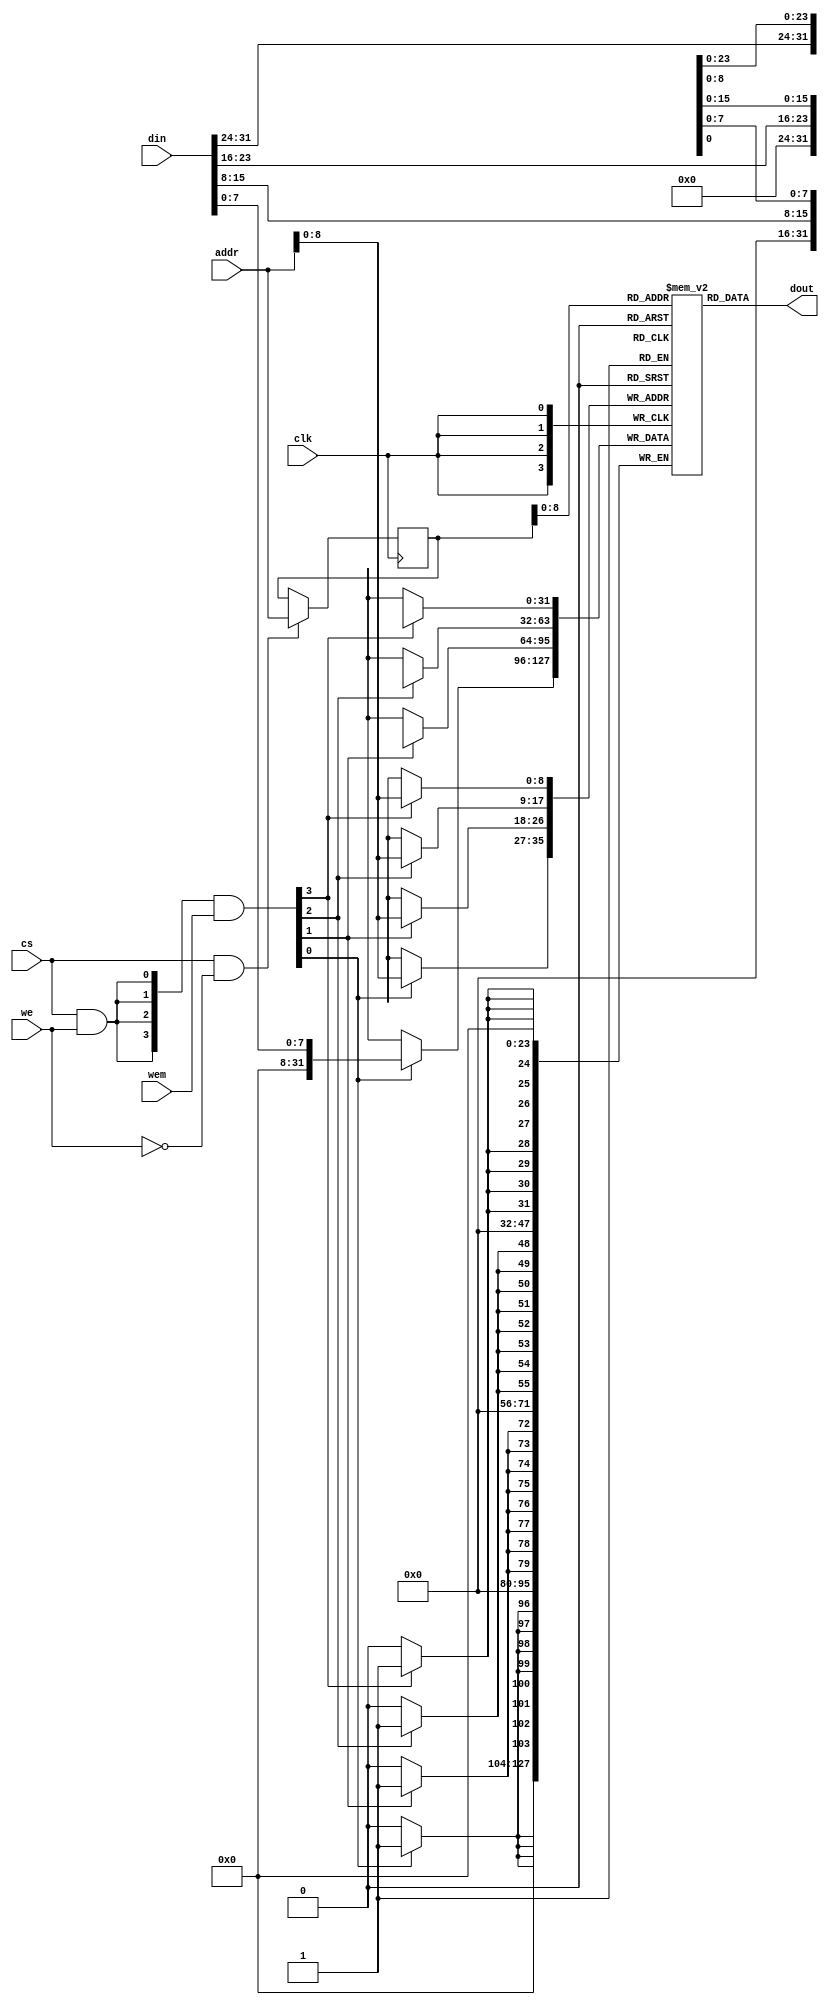
// *********************************************************************************
// Project Name : Deilt_RISCV
// Module Name : gnrl_ram
// Website      : https://github.com/deilt/Deilt_RISC
// Create Time : 
// Called By  :
// Description : sram module
// License     : Apache License 2.0
//
//
// *********************************************************************************
// Modification History:
// Date     Auther     Version         Description
// -----------------------------------------------------------------------
// 2023-03-01  Deilt      1.0           Original
// 
// *********************************************************************************
//
module gnrl_ram 
#(
    parameter DP = 512,             //RAMRAM
    parameter AW = 32,              //RAM
    parameter DW = 32,              //RAM
    parameter MW = 4,               //RAM
    parameter FORCE_X2ZERO = 0      //1RAM'x'00
)
(
    input               clk , 
    input  [DW-1  :0]   din , 
    input  [AW-1  :0]   addr,
    input               cs  ,
    input               we  ,
    input  [MW-1:0]     wem ,          //RAM
    output [DW-1:0]     dout
);

    reg [DW-1:0] mem_r [0:DP-1];
    reg [AW-1:0] addr_r;
    wire [MW-1:0] wen;            //RAM
    wire ren;                     //

    assign ren = cs & (~we);
    assign wen = ({MW{cs & we}} & wem);

    genvar i;

    always @(posedge clk)
    begin
        if (ren) begin
            addr_r <= addr;
        end
    end

    //DW8
    generate
        for (i = 0; i < MW; i = i+1) begin :mem
            if((8*i+8) > DW ) begin: last
            always @(posedge clk) begin
                if (wen[i]) begin
                mem_r[addr][DW-1:8*i] <= din[DW-1:8*i];
                end
            end
            end
            else begin: non_last
            always @(posedge clk) begin
                if (wen[i]) begin
                mem_r[addr][8*i+7:8*i] <= din[8*i+7:8*i];
                end
            end
            end
        end
    endgenerate

    wire [DW-1:0] dout_pre;
    assign dout_pre = mem_r[addr_r];

    generate
    if(FORCE_X2ZERO == 1) begin: force_x_to_zero
        for (i = 0; i < DW; i = i+1) begin:force_x_gen 
            `ifndef SYNTHESIS//{
                assign dout[i] = (dout_pre[i] === 1'bx) ? 1'b0 : dout_pre[i];
            `else//}{
                assign dout[i] = dout_pre[i];
            `endif//}
        end
    end
    else begin:no_force_x_to_zero
        assign dout = dout_pre;
    end
    endgenerate

endmodule